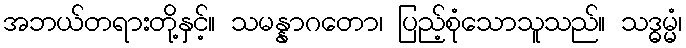
အဘယ်တရားတို့နှင့်။ သမန္နာဂတော၊ ပြည့်စုံသောသူသည်။ သဒ္ဓမ္မံ၊